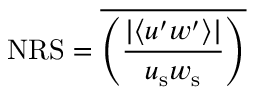
\mathrm { N R S } = \overline { { \left( \frac { | \langle u ^ { \prime } w ^ { \prime } \rangle | } { u _ { \mathrm { s } } w _ { \mathrm { s } } } \right) } }